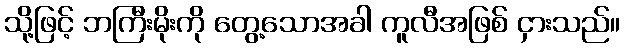
သို့ဖြင့် ဘကြီးမိုးကို တွေ့သောအခါ ကူလီအဖြစ် ငှားသည်။